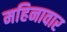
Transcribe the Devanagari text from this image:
महिनावार